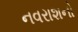
નવરાશનો